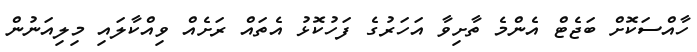
ހާއްސަކޮށް ބަޖެޓް އެންމެ ތާށިވާ އަހަރުގެ ފަހުކޮޅު އެތައް ރަށެއް ވިއްކާލައި މިލިއަނުން